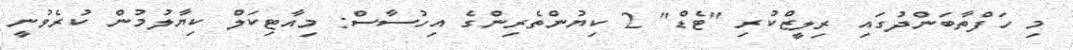
މި ހަފްތާބަންދުގައި ރިލީޒްކުރި "ޓެޑް" 2 ކިޔުންތެރިންގެ އިހުސާސް: މިއާޓިކަލް ކިޔާލުމުން ކުރެވުނީ